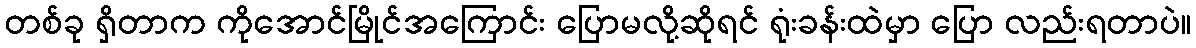
တစ်ခု ရှိတာက ကိုအောင်မြိုင်အကြောင်း ပြောမလို့ဆိုရင် ရုံးခန်းထဲမှာ ပြော လည်းရတာပဲ။